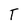
Character: T